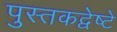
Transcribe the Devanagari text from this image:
पुस्तकद्वेष्टे